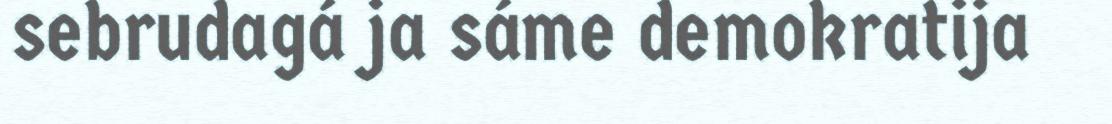
sebrudagá ja sáme demokratija